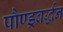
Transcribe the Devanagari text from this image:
पौण्ड्रबर्द्धन